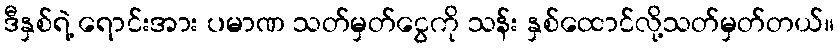
ဒီနှစ်ရဲ့ ရောင်းအား ပမာဏ သတ်မှတ်ငွေကို သန်း နှစ်ထောင်လို့သတ်မှတ်တယ်။